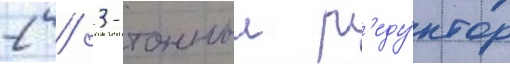
2 / 3-тонныи р'еду́ктор